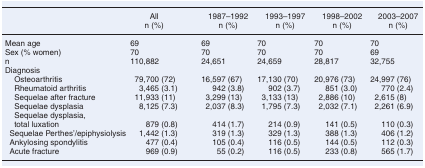
<table><thead><tr><td></td><td><b>All</b></td><td><b>1987–1992</b></td><td><b>1993–1997</b></td><td><b>1998–2002</b></td><td><b>2003–2007</b></td></tr><tr><td></td><td><b>n (%)</b></td><td><b>n (%)</b></td><td><b>n (%)</b></td><td><b>n (%)</b></td><td><b>n (%)</b></td></tr></thead><tbody><tr><td>Mean age</td><td>69</td><td>69</td><td>70</td><td>70</td><td>70</td></tr><tr><td>Sex (% women)</td><td>70</td><td>70</td><td>70</td><td>70</td><td>69</td></tr><tr><td>n</td><td>110,882</td><td>24,651</td><td>24,659</td><td>28,817</td><td>32,755</td></tr><tr><td colspan="6">Diagnosis</td></tr><tr><td> Osteoarthritis</td><td>79,700 (72)</td><td>16,597 (67)</td><td>17,130 (70)</td><td>20,976 (73)</td><td>24,997 (76)</td></tr><tr><td> Rheumatoid arthritis</td><td>3,465 (3.1)</td><td>942 (3.8)</td><td>902 (3.7)</td><td>851 (3.0)</td><td>770 (2.4)</td></tr><tr><td> Sequelae after fracture</td><td>11,933 (11)</td><td>3,299 (13)</td><td>3,133 (13)</td><td>2,886 (10)</td><td>2,615 (8)</td></tr><tr><td> Sequelae dysplasia</td><td>8,125 (7.3)</td><td>2,037 (8.3)</td><td>1,795 (7.3)</td><td>2,032 (7.1)</td><td>2,261 (6.9)</td></tr><tr><td> Sequelae dysplasia, total luxation</td><td>879 (0.8)</td><td>414 (1.7)</td><td>214 (0.9)</td><td>141 (0.5)</td><td>110 (0.3)</td></tr><tr><td>Sequelae Perthes&#x27;/epiphysiolysis</td><td>1,442 (1.3)</td><td>319 (1.3)</td><td>329 (1.3)</td><td>388 (1.3)</td><td>406 (1.2)</td></tr><tr><td>Ankylosing spondylitis</td><td>477 (0.4)</td><td>105 (0.4)</td><td>116 (0.5)</td><td>144 (0.5)</td><td>112 (0.3)</td></tr><tr><td>Acute fracture</td><td>969 (0.9)</td><td>55 (0.2)</td><td>116 (0.5)</td><td>233 (0.8)</td><td>565 (1.7)</td></tr></tbody></table>